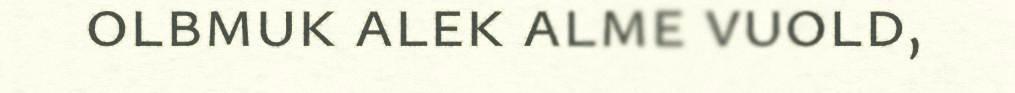
olbmuk alek alme vuold,